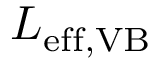
L _ { \mathrm { e f f , V B } }